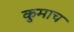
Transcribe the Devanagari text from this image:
कुमाच